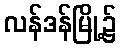
လန်ဒန်မြို့၌